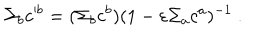
\Sigma _ { b } c ^ { b } = ( \Sigma _ { b } c ^ { b } ) ( 1 - \varepsilon \Sigma _ { a } c ^ { a } ) ^ { - 1 } ~ .